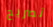
تصريح